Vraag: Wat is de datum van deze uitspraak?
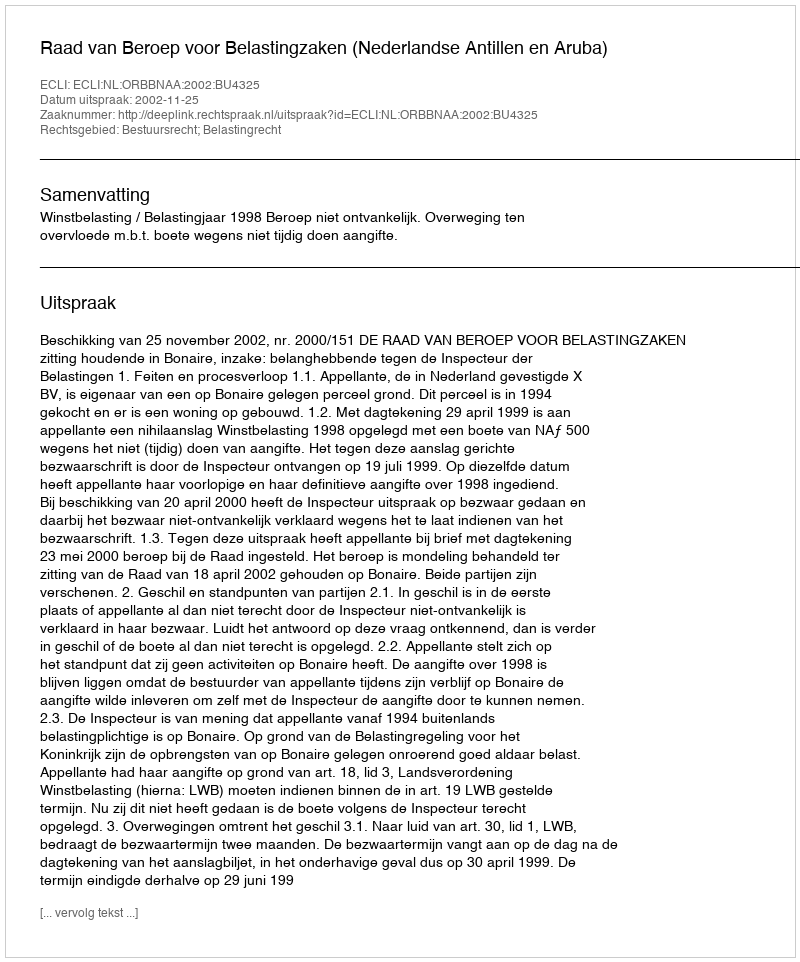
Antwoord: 2002-11-25